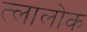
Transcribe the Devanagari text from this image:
त्लालोक